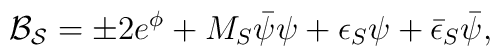
{\cal B_S} = \pm 2 e^{\phi} + M_S \bar{\psi} \psi + \epsilon_S \psi +\bar{\epsilon}_S \bar{\psi},